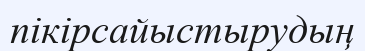
пікірсайыстырудың